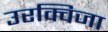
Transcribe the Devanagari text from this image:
उरक्विजा